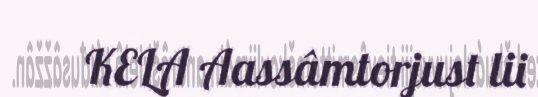
KELA Aassâmtorjust lii